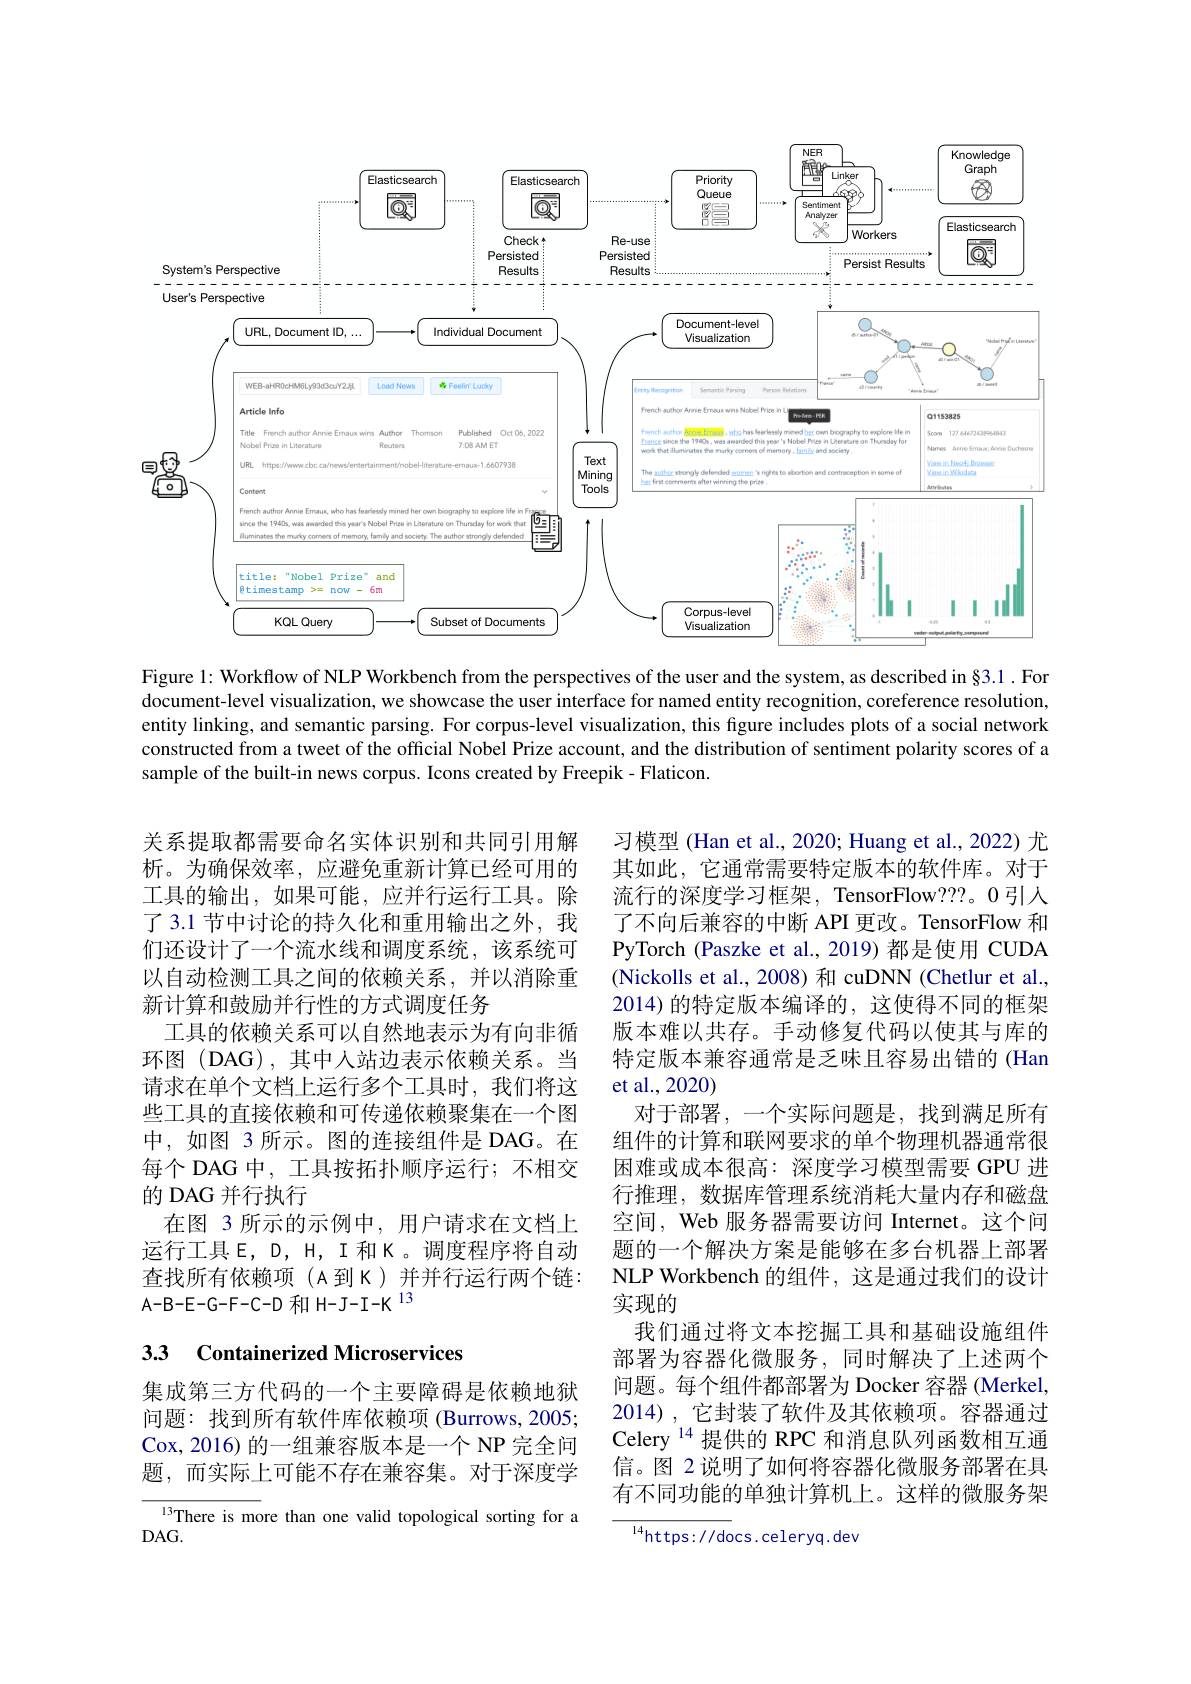
<FigureHere>

Figure 1: Workflow of NLP Workbench from the perspectives of the user and the system, as described in§3.1. For document-level visualization, we showcase the user interface for named entity recognition, coreference resolution entity linking, and semantic parsing. For corpus-level visualization, this figure includes plots of a social network constructed from a tweet of the official Nobel Prize account, and the distribution of sentiment polarity scores of a sample of the built-in news corpus. Icons created by Freepik - Flaticon.

关系提取都需要命名实体识别和共同引用解析。为确保效率，应避免重新计算已经可用的工具的输出，如果可能，应并行运行工具。除了 3.1 节中讨论的持久化和重用输出之外，我们还设计了一个流水线和调度系统，该系统可以自动检测工具之间的依赖关系，并以消除重新计算和鼓励并行性的方式调度任务
工具的依赖关系可以自然地表示为有向非循环图(DAG),其中人站边表示依赖关系。当请求在单个文档上运行多个工具时，我们将这些工具的直接依赖和可传递依赖聚集在一个图中，如图 3 所示。图的连接组件是 DAG。在每个 DAG 中，工具按拓扑顺序运行；不相交的 DAG 并行执行
在图 3 所示的示例中，用户请求在文档上运行工具E，D, H, I 和 K。调度程序将自动查找所有依赖项(A到K)并并行运行两个链： $A-B-E-G-F-C-D$和 H-J-I-K$^{13}$

习模型 (Han et al., 2020; Huang et al., 2022) 尤其如此，它通常需要特定版本的软件库。对于流行的深度学习框架，TensorFlow???。0 引入了不向后兼容的中断 API 更改。TensorFlow 和PyTorch (Paszke et al., 2019) 都是使用 CUDA (Nickolls et al., 2008) 和 cuDNN (Chetlur et al. 2014)的特定版本编译的，这使得不同的框架版本难以共存。手动修复代码以使其与库的特定版本兼容通常是乏味且容易出错的(Han et al.,2020)
对于部署，一个实际问题是，找到满足所有组件的计算和联网要求的单个物理机器通常很困难或成本很高：深度学习模型需要 GPU 进行推理，数据库管理系统消耗大量内存和磁盘空间，Web 服务器需要访问 Internet。这个问题的一个解决方案是能够在多台机器上部署NLP Workbench 的组件，这是通过我们的设计实现的
我们通过将文本挖掘工具和基础设施组件部署为容器化微服务，同时解决了上述两个问题。每个组件都部署为 Docker 容器 (Merkel, 2014),它封装了软件及其依赖项。容器通过Celery $^{14}$提供的 RPC 和消息队列函数相互通信。图 2 说明了如何将容器化微服务部署在具有不同功能的单独计算机上。这样的微服务架

## 33 Containerized Microservices

集成第三方代码的一个主要障碍是依赖地狱问题：找到所有软件库依赖项 (Burrows,2005; Cox, 2016) 的一组兼容版本是一个 NP 完全问题，而实际上可能不存在兼容集。对于深度学

$^{13}$There is more than one valid topological sorting for a
$DAG.$

$^{14}$https://docs.celeryq.dev